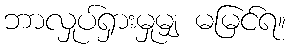
ဘာလှုပ်ရှားမှုမျှ မမြင်ရ။